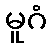
မူဂံ